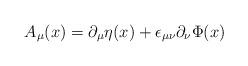
LaTeX: \begin{align*}A_{\mu}(x) = \partial_{\mu}\eta(x) + \epsilon_{\mu\nu}\partial_{\nu}\Phi(x) \end{align*}